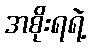
အစိုးရရဲ့